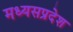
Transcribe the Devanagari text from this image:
मध्यसप्रदेश